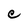
Character: C